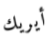
أيريك